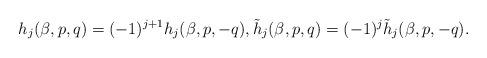
LaTeX: \begin{align*} h_{j}(\beta,p,q) = (-1)^{j+1} h_{j}(\beta,p,-q), \tilde{h}_{j}(\beta,p,q) = (-1)^j \tilde{h}_{j}(\beta,p,-q). \end{align*}